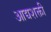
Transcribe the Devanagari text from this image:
आद्यशक्ती